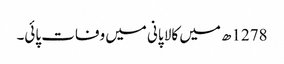
1278ھ میں کالا پانی میں وفات پائی۔